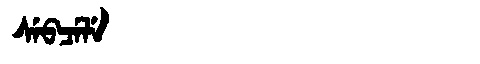
Manchu: ᠰᡝᠪᠴᡝᠯᡝ
Romanization: SEBCELE